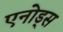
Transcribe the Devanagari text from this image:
एनोड्स